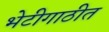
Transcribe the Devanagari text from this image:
भेटीगाठीत